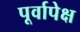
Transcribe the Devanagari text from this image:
पूर्वापेक्ष